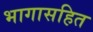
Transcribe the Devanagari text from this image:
भागासहित